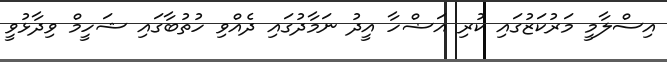
އިސްލާމީ މަރުކަޒުގައި ކުރި އަޟްހާ އީދު ނަމާދުގައި ދެއްވި ހުތުބާގައި ޝަހީމް ވިދާޅުވީ